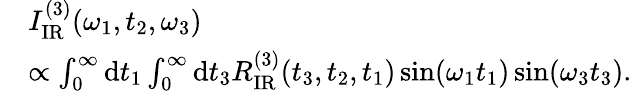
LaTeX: \begin{array}{rl}&{I_{\mathrm{IR}}^{(3)}(\omega_{1},t_{2},\omega_{3})}\\ &{\propto\int_{0}^{\infty}\mathrm{d}t_{1}\int_{0}^{\infty}\mathrm{d}t_{3}R_{\mathrm{IR}}^{(3)}(t_{3},t_{2},t_{1})\sin(\omega_{1}t_{1})\sin(\omega_{3}t_{3}).}\end{array}